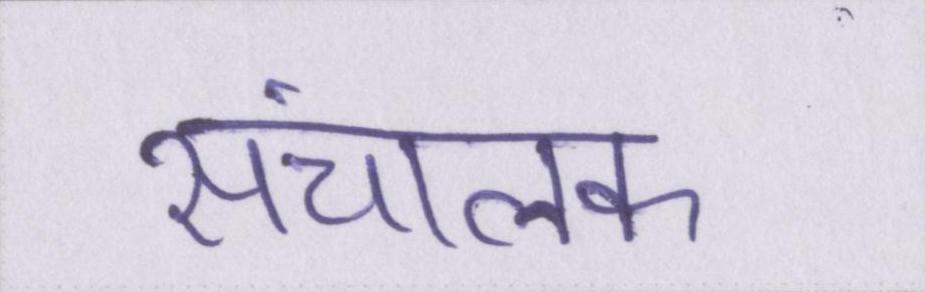
संचालक